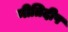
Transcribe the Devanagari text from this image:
नीतिदीप